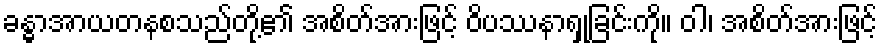
ခန္ဓာအာယတနစသည်တို့၏ အစိတ်အားဖြင့် ဝိပဿနာရှုခြင်းကို။ ဝါ၊ အစိတ်အားဖြင့်